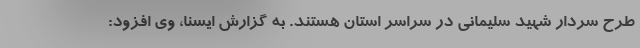
طرح سردار شهید سلیمانی در سراسر استان هستند. به گزارش ایسنا، وی افزود: